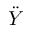
\ddot { Y }